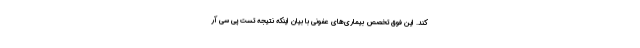
کند. این فوق تخصص بیماری‌های عفونی با بیان اینکه نتیجه تست پی سی آر